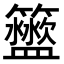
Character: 𥷟